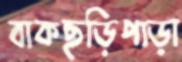
বাকছড়িপাড়া